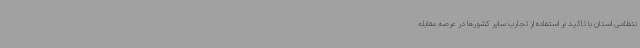
نتظامی استان با تاکید بر استفاده از تجارب سایر کشورها در عرصه مقابله